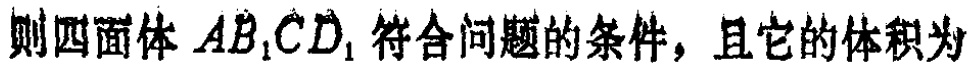
则四面体 \(AB_{1}CD_{1}\) 符合问题的条件，且它的体积为